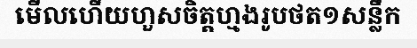
មើលហើយហួសចិត្តហ្មងរូបថត១សន្លឹក